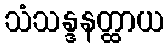
သံသန္ဒနတ္ထာယ